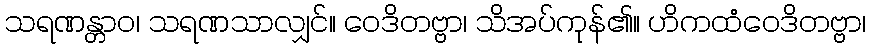
သရဏန္တာဝ၊ သရဏသာလျှင်။ ဝေဒိတဗ္ဗာ၊ သိအပ်ကုန်၏။ ဟိကထံဝေဒိတဗ္ဗာ၊